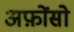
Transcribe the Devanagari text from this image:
अफ़ोंसो